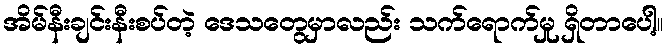
အိမ်နီးချင်းနီးစပ်တဲ့ ဒေသတွေမှာလည်း သက်ရောက်မှု ရှိတာပေါ့။